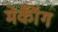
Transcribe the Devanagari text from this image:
मेकॉँग